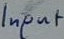
Text: Input